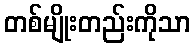
တစ်မျိုးတည်းကိုသာ